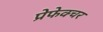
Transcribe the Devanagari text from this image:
प्रेफेक्चर